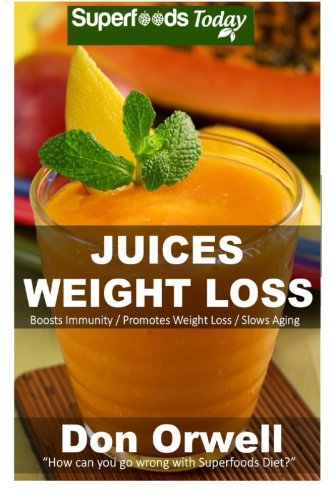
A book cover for Juices Weight Loss: 75+ Juices for Weight Loss: Heart Healthy Cooking, Juices Recipes, Juicer Recipes Book, Juice Recipes, Gluten Free, Juice Fasting, ... diet-juicing recipes weight loss) (Volume 50); Don Orwell; Cookbooks, Food & Wine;